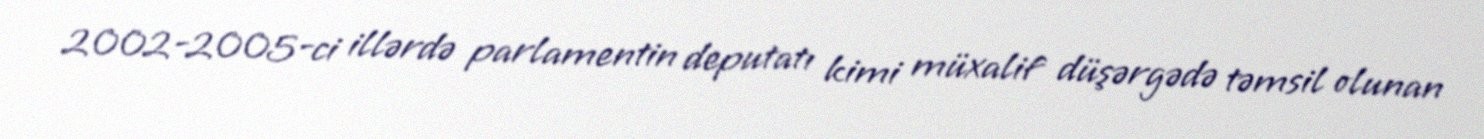
2002-2005-ci illərdə parlamentin deputatı kimi müxalif düşərgədə təmsil olunan